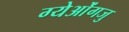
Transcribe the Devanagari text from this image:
ग्येओंगजु